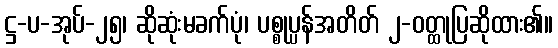
ဋ္ဌ-ပ-အုပ်-၂၅၊ ဆိုဆုံးမခက်ပုံ၊ ပစ္စုပ္ပန်အတိတ် ၂-ဝတ္ထုပြဆိုထား၏။